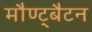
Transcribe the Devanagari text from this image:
मौण्ट्बैटन